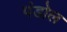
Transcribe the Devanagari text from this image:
पंडोल